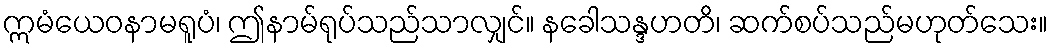
ဣမံယေဝနာမရူပံ၊ ဤနာမ်ရုပ်သည်သာလျှင်။ နခေါသန္ဒဟတိ၊ ဆက်စပ်သည်မဟုတ်သေး။